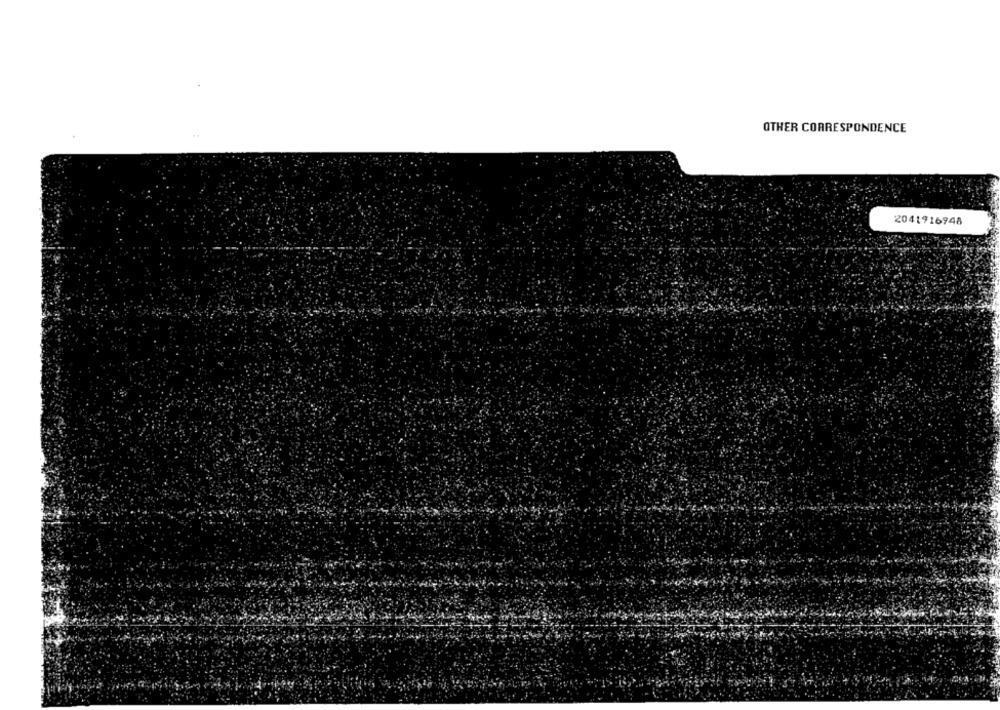
OTHER CORRESPONDENCE
2041916948